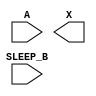
module sky130_fd_sc_hdll__inputiso1n (
    //# {{data|Data Signals}}
    input  A      ,
    output X      ,

    //# {{power|Power}}
    input  SLEEP_B
);

    // Voltage supply signals
    supply1 VPWR;
    supply0 VGND;
    supply1 VPB ;
    supply0 VNB ;

endmodule